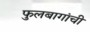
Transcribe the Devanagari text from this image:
फुलबागांची